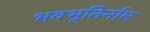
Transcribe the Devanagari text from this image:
भवभूतिर्नाम